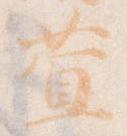
萱